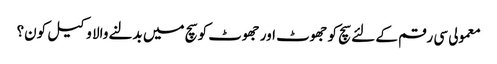
معمولی سی رقم کے لئے سچ کو جھوٹ اور جھوٹ کو سچ میں بدلنے والا وکیل کون؟